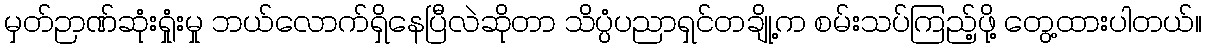
မှတ်ဉာဏ်ဆုံးရှုံးမှု ဘယ်လောက်ရှိနေပြီလဲဆိုတာ သိပ္ပံပညာရှင်တချို့က စမ်းသပ်ကြည့်ဖို့ တွေ့ထားပါတယ်။